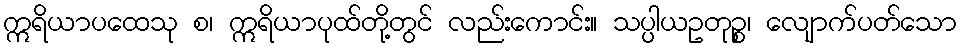
ဣရိယာပထေသု စ၊ ဣရိယာပုထ်တို့တွင် လည်းကောင်း။ သပ္ပါယဥတုဉ္စ၊ လျောက်ပတ်သော